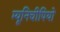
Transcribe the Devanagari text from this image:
म्यूनिचीपियो